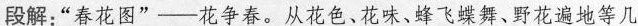
段解.“春花图”一花争春。从花强、花味、蜂飞蝶舞、野花遍地等几